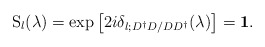
\begin{align*}\mbox{S}_l(\lambda)=\exp \left[ 2i\delta_{l;D^\dagger D/DD^\dagger}(\lambda)\right]={\bf 1}.\end{align*}